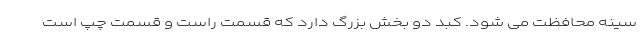
سینه محافظت می شود. کبد دو بخش بزرگ دارد که قسمت راست و قسمت چپ است